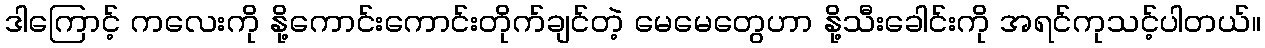
ဒါကြောင့် ကလေးကို နို့ကောင်းကောင်းတိုက်ချင်တဲ့ မေမေတွေဟာ နို့သီးခေါင်းကို အရင်ကုသင့်ပါတယ်။